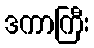
ဒကာကြီး